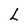
Character: L